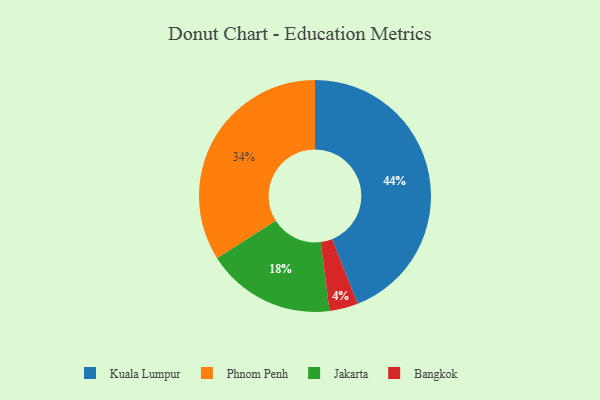
{"axis": {"x": "Category", "y": "Percentage"}, "legend": ["Bangkok", "Jakarta", "Kuala Lumpur", "Phnom Penh"], "data": [{"x": "Jakarta", "y": 18, "type": "Jakarta"}, {"x": "Phnom Penh", "y": 34, "type": "Phnom Penh"}, {"x": "Kuala Lumpur", "y": 44, "type": "Kuala Lumpur"}, {"x": "Bangkok", "y": 4, "type": "Bangkok"}]}